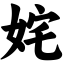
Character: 姹